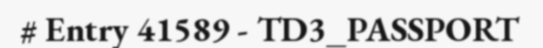
# Entry 41589 - TD3_PASSPORT